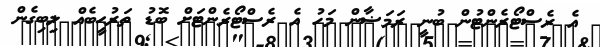
އެ ރެސްޓޯރެންޓުން ބުނީ ރަމަޟާން މަހު އެ ރެސްޓޯރެންޓަށް ބޮޑު ތަރުޙީބެއް ލިބިގެން